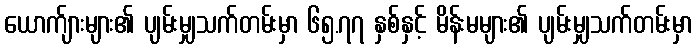
ယောက်ျားများ၏ ပျမ်းမျှသက်တမ်းမှာ ၆၅.၇၇ နှစ်နှင့် မိန်းမများ၏ ပျမ်းမျှသက်တမ်းမှာ